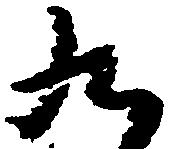
九